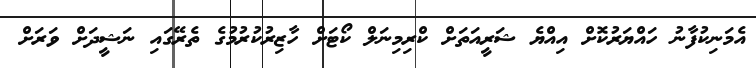
އެމަނިކުފާނު ހައްޔަރުކޮށް އިއްޔެ ޝަރީއަތަށް ކްރިމިނަލް ކޯޓަށް ހާޒިރުކުރުމުގެ ތެރޭގައި ނަޝީދަށް ވަރަށް